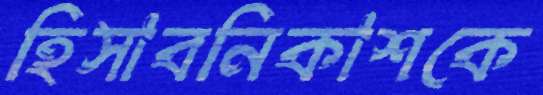
হিসাবনিকাশকে